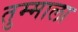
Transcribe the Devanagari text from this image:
तुम्माला